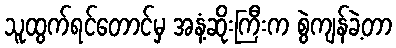
သူထွက်ရင်တောင်မှ အနံ့ဆိုးကြီးက စွဲကျန်ခဲ့တာ